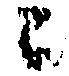
ニ